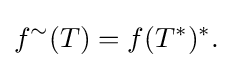
\displaystyle {f^{\sim }(T)=f(T^{*})^{*}.}